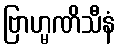
ဗြာဟ္မဏိသီနံ